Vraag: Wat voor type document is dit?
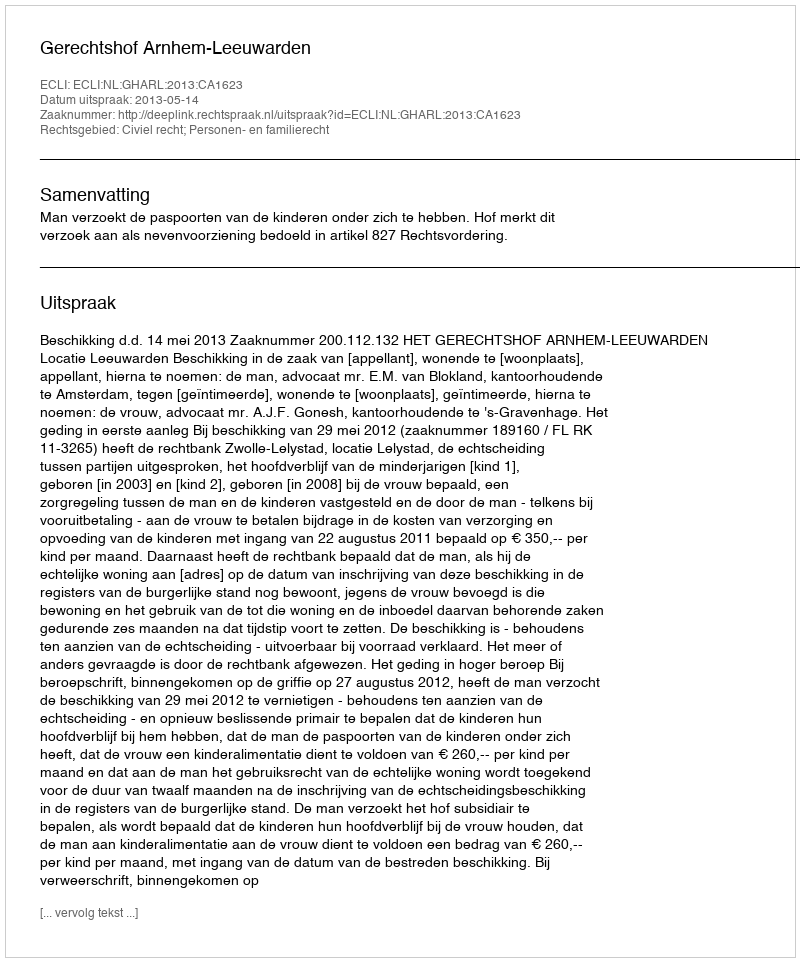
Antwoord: Uitspraak